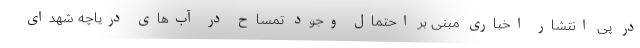
در پی انتشار اخباری مبنی بر احتمال وجود تمساح در آب‌های دریاچه شهدای